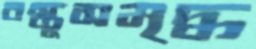
বস্তুসমৃদ্ধ